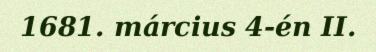
1681. március 4-én II.